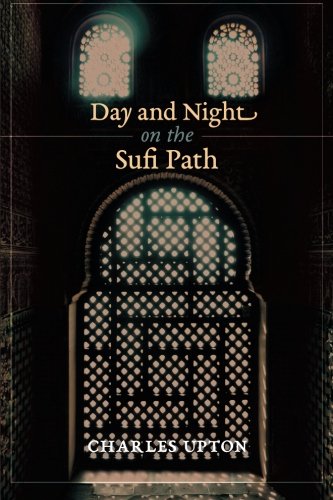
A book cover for Day and Night on the Sufi Path; Charles Upton; Religion & Spirituality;